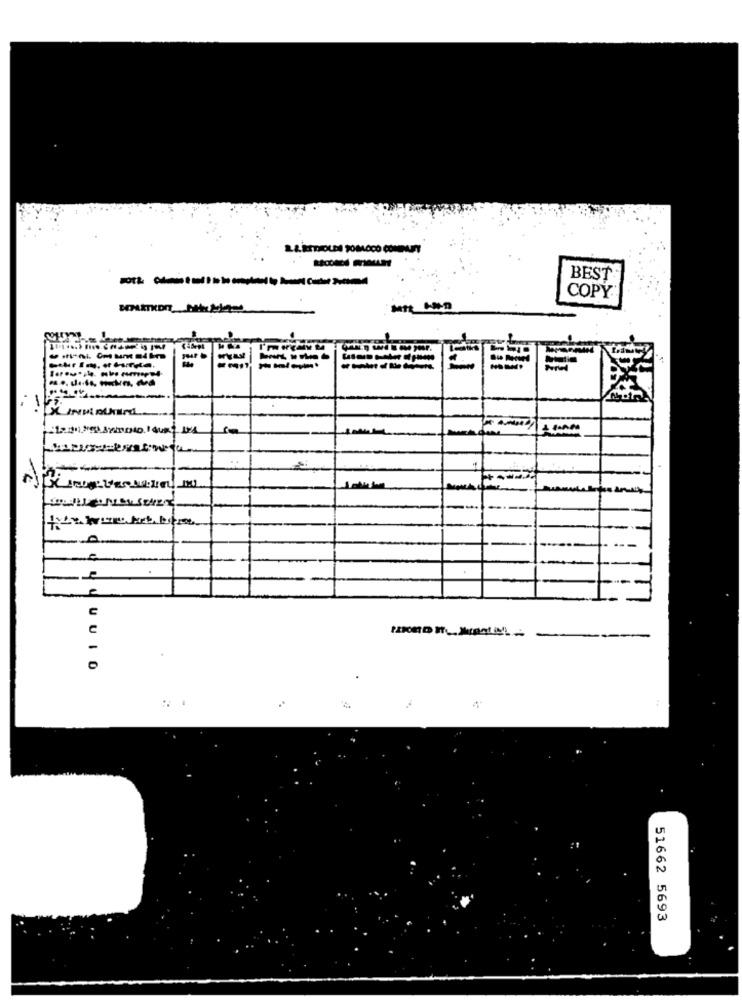
BEST
COPY
....
-----
ULLUUID
51662 5693